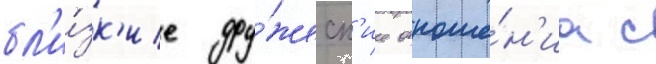
бл'и́зк'ие дру́жеск'ие отноше́н'иа с